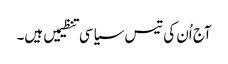
آج اُن کی تیس سیاسی تنظیمیں ہیں۔